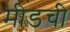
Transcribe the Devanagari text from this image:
मीडची